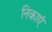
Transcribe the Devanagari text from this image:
निकाएं